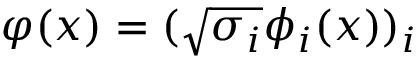
\varphi ( x ) = ( { \sqrt { \sigma _ { i } } } \phi _ { i } ( x ) ) _ { i }